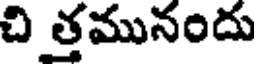
చి త్తమునందు